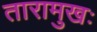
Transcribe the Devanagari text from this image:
तारामुखः